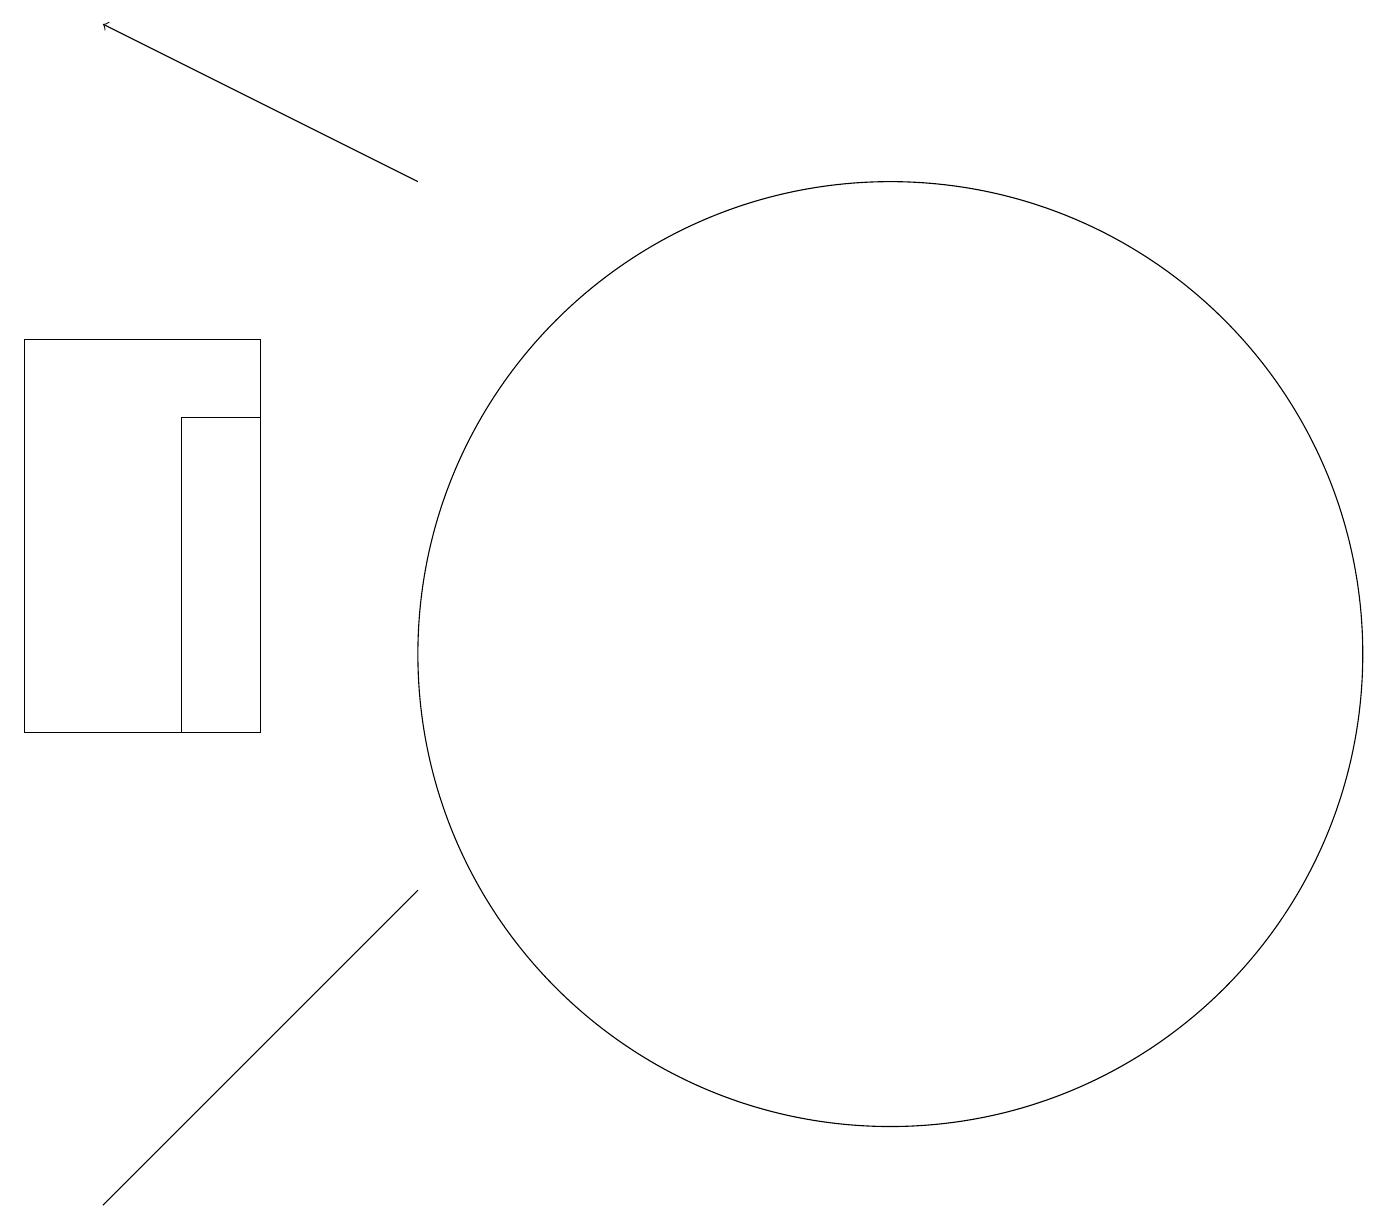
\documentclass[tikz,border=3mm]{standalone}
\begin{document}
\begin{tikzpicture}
\draw (4,14) rectangle (3,10);
\draw[->] (6,17) -- (2,19);
\draw (11,11) circle (0);
\draw (6,8) -- (2,4) -- (6,8) -- cycle;
\draw (1,10) rectangle (4,15);
\draw (12,11) circle (6);
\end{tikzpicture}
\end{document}